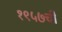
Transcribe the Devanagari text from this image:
१९५७ची